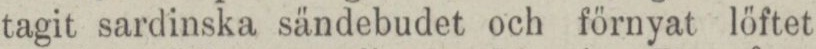
tagit sardinska sändebudet och förnyat löftet